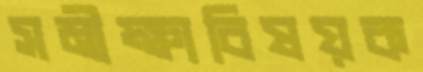
সমীক্ষাবিষয়ক